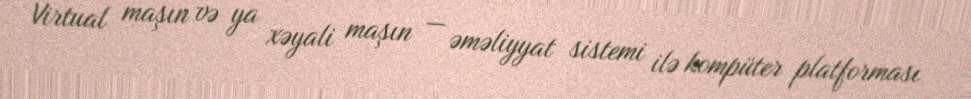
Virtual maşın və ya xəyali maşın — əməliyyat sistemi ilə kompüter platforması